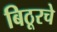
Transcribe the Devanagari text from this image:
बिठूरचे